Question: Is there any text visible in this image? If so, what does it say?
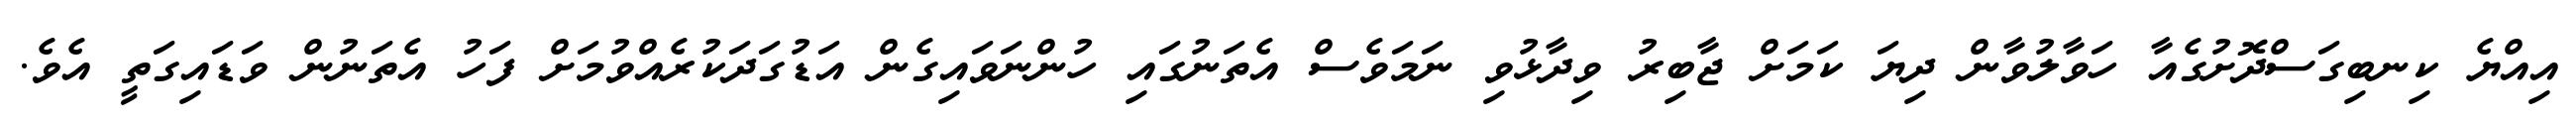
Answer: އިއްޔެ ކިނބިގަސްދޮށުގެއާ ހަވާލުވާން ދިޔަ ކަމަށް ޖާބިރު ވިދާޅުވި ނަމަވެސް އެތަނުގައި ހުންނަވައިގެން އަޑުގަދަކުރެއްވުމަށް ފަހު އެތަނުން ވަޑައިގަތީ އެވެ.